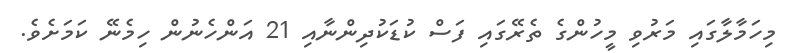
މިހަމާލާގައި މަރުވި މީހުންގެ ތެރޭގައި ފަސް ކުޑަކުދިންނާއި 21 އަންހެނުން ހިމެނޭ ކަމަށެވެ.